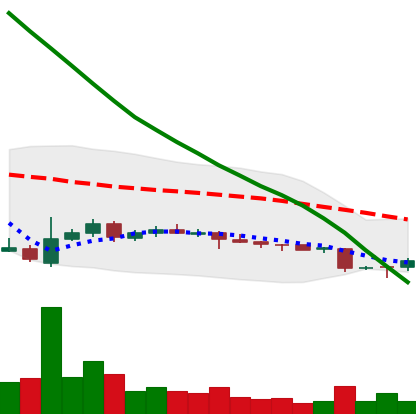
Ticker: ADA-USD
Chart end date: 2018-11-01
Forward return: 14.231%
Label: up_7plus